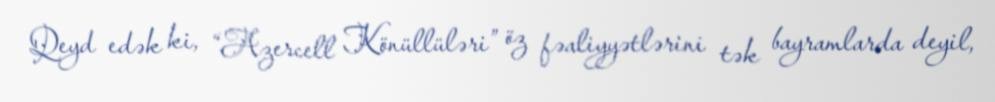
Qeyd edək ki, “Azercell Könüllüləri” öz fəaliyyətlərini tək bayramlarda deyil,